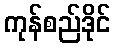
ကုန်စည်ဒိုင်